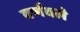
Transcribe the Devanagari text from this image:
वर्णवले